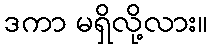
ဒကာ မရှိလို့လား။